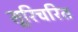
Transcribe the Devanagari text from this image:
सूरिचरित